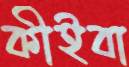
কীইবা